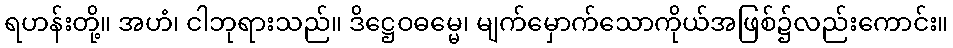
ရဟန်းတို့။ အဟံ၊ ငါဘုရားသည်။ ဒိဋ္ဌေဝဓမ္မေ၊ မျက်မှောက်သောကိုယ်အဖြစ်၌လည်းကောင်း။